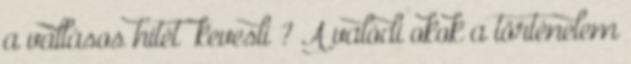
a vallásos hitét „kevesli”? A valódi okok a történelem